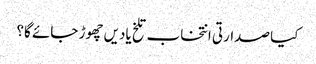
کیا صدارتی انتخاب تلخ یادیں چھوڑ جائے گا؟